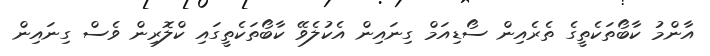
އާންމު ކާބޯތަކެތީގެ ތެރެއިން ސޯޑިއަމް ގިނައިން އެކުލެވޭ ކާބޯތަކެތީގައި ކްލޮރިން ވެސް ގިނައިން